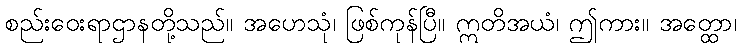
စည်းဝေးရာဌာနတို့သည်။ အဟေသုံ၊ ဖြစ်ကုန်ပြီ။ ဣတိအယံ၊ ဤကား။ အတ္ထော၊